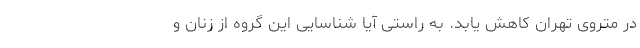
در متروی تهران کاهش یابد. به راستی آیا شناسایی این گروه از زنان و